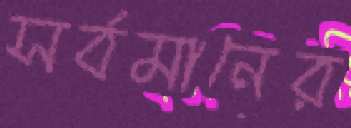
সর্বমানের